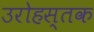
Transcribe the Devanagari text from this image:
उरोहस्तक